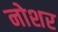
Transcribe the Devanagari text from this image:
नोशर